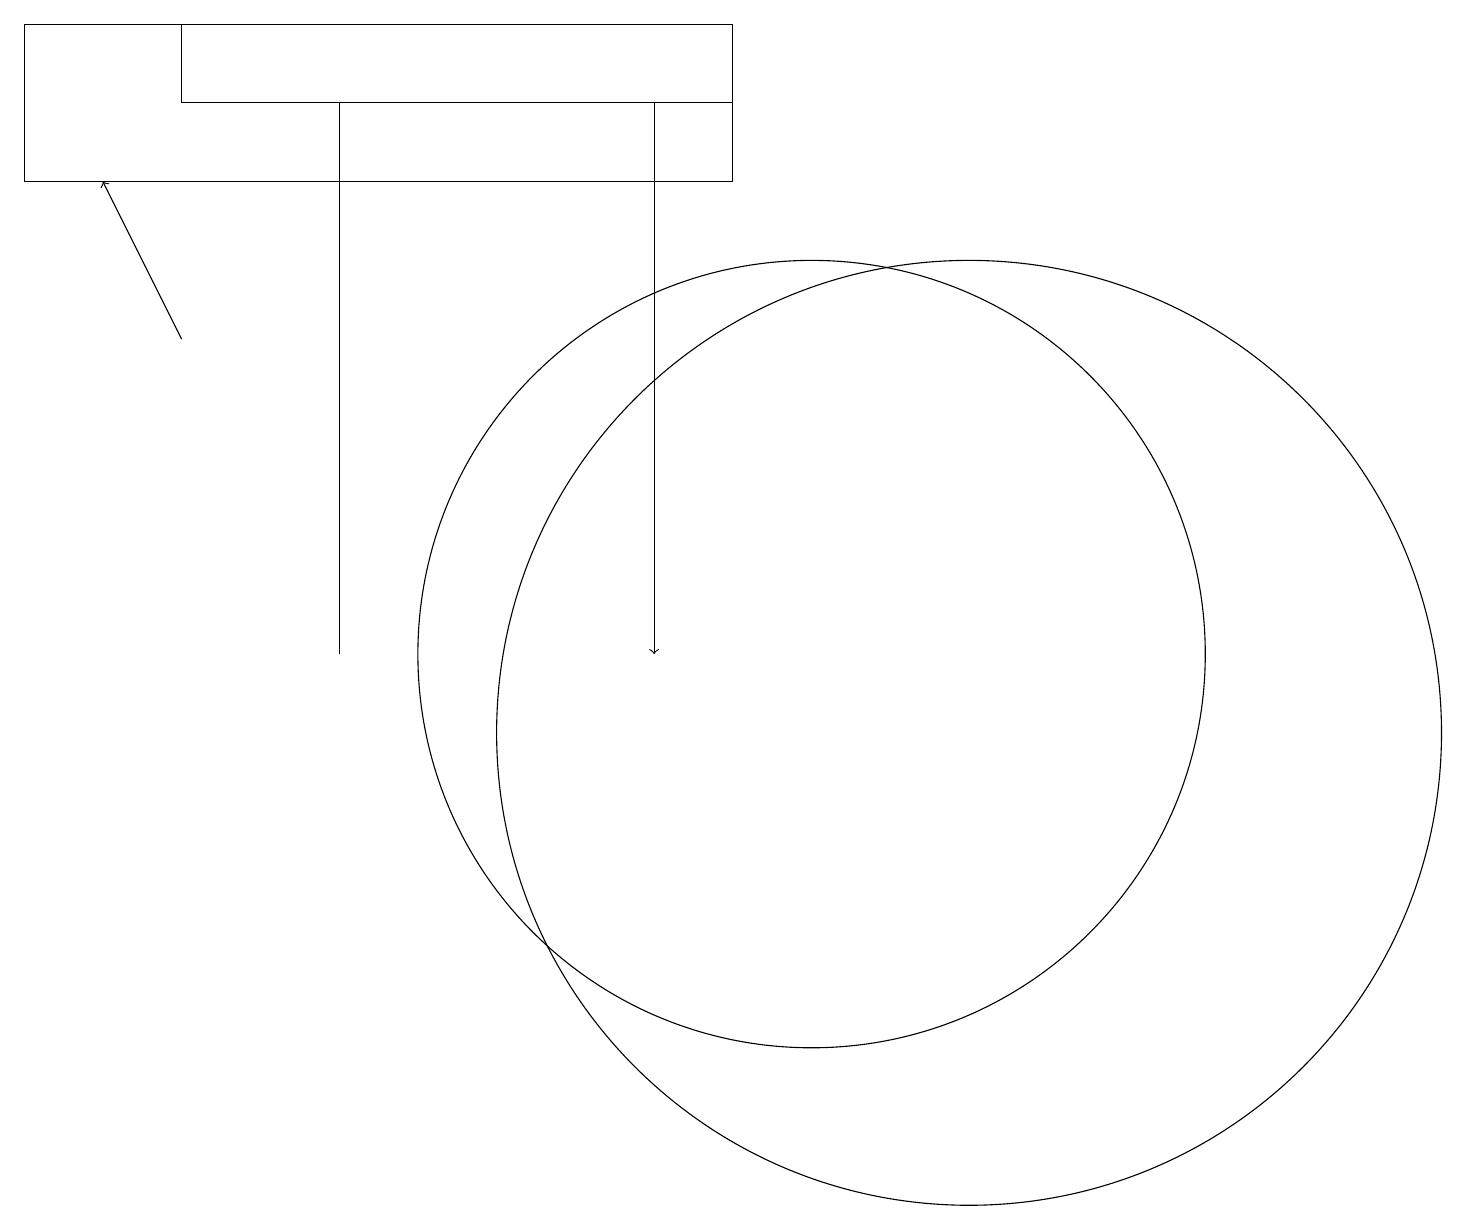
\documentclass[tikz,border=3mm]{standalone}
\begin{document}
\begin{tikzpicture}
\draw (9,17) rectangle (0,19);
\draw (10,11) circle (5);
\draw (12,10) circle (6);
\draw (4,11) rectangle (4,18);
\draw[->] (8,18) -- (8,11);
\draw (2,19) rectangle (9,18);
\draw[->] (2,15) -- (1,17);
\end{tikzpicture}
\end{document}